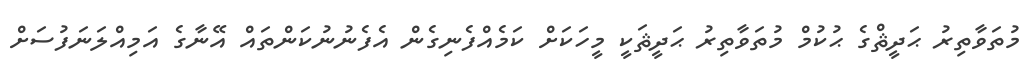
މުތަވާތިރު ޙަދީޘްގެ ޙުކުމް މުތަވާތިރު ޙަދީޘަކީ މީހަކަށް ކަމެއްފެނިގެން އެފެނުނުކަންތައް އޭނާގެ އަމިއްލަނަފުސަށް